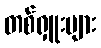
တစ်ရှူးများ